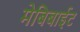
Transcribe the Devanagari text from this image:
मेबिबाईट